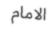
الامام